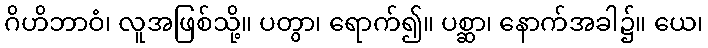
ဂိဟိဘာဝံ၊ လူအဖြစ်သို့။ ပတွာ၊ ရောက်၍။ ပစ္ဆာ၊ နောက်အခါ၌။ ယေ၊